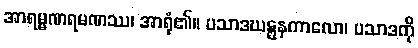
အာရမ္မဏရမဏဿ၊ အာရုံ၏။ ပသာဒဃဋ္ဋနကာလော၊ ပသာဒကို